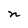
Character: n